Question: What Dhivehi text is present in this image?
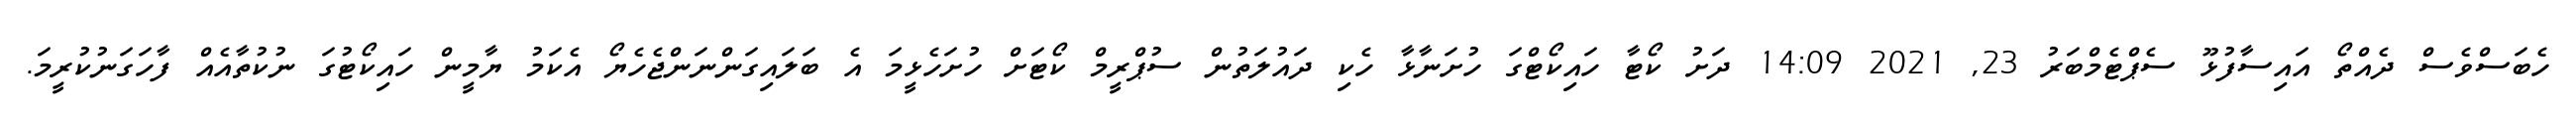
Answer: ހެބަސްވެސް ދެއްތޯ އައިސާފުޅޫ ސެޕްޓެމްބަރު 23, 2021 14:09 ދަށު ކޯޓާ ހައިކޯޓްގަ ހުށަނާޅާ ހެކި ދައުލަތުން ސުޕްރީމް ކޯޓަށް ހުށަހެޅީމަ އެ ބަލައިގަންނަންޖެހެޔޯ އެކަމު ޔާމީން ހައިކޯޓުގަ ނުކުތާއެއް ފާހަގަނުކުރީމަ.